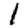
Digit: 1